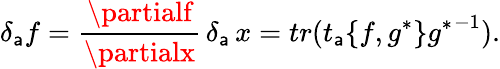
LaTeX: \delta_{\mathsf{a}}f=\frac{{\partialf}}{{\partialx}}\, \delta_{\mathsf{a}}\, x=tr(t_{\mathsf{a}}\{ f,g^{*}\} {g^{*}}^{-1}).